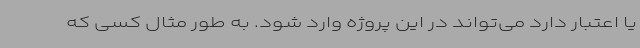
یا اعتبار دارد می‌تواند در این پروژه وارد شود. به طور مثال کسی که